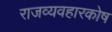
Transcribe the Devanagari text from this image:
राजव्यवहारकोष